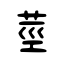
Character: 莖